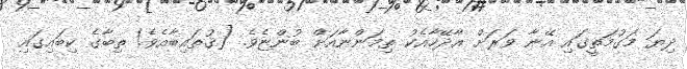
ދިޔަ މަގުމަތީގައި އޭނާ ވަރަށް އާދޭހާއެކު ތިމަންނާއަށް ބުންޏެވެ. [ޤުތައިބާއެވެ! ތިބާގެ ކިބައިގައި